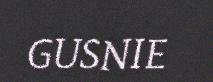
GUSNIE